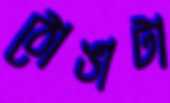
ঠোঙাটা